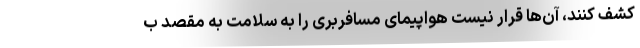
کشف کنند، آن‌ها قرار نیست هواپیمای مسافربری را به سلامت به مقصد ب